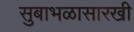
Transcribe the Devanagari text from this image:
सुबाभळासारखी